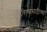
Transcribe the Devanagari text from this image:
सोडविण्यासाठीच्या